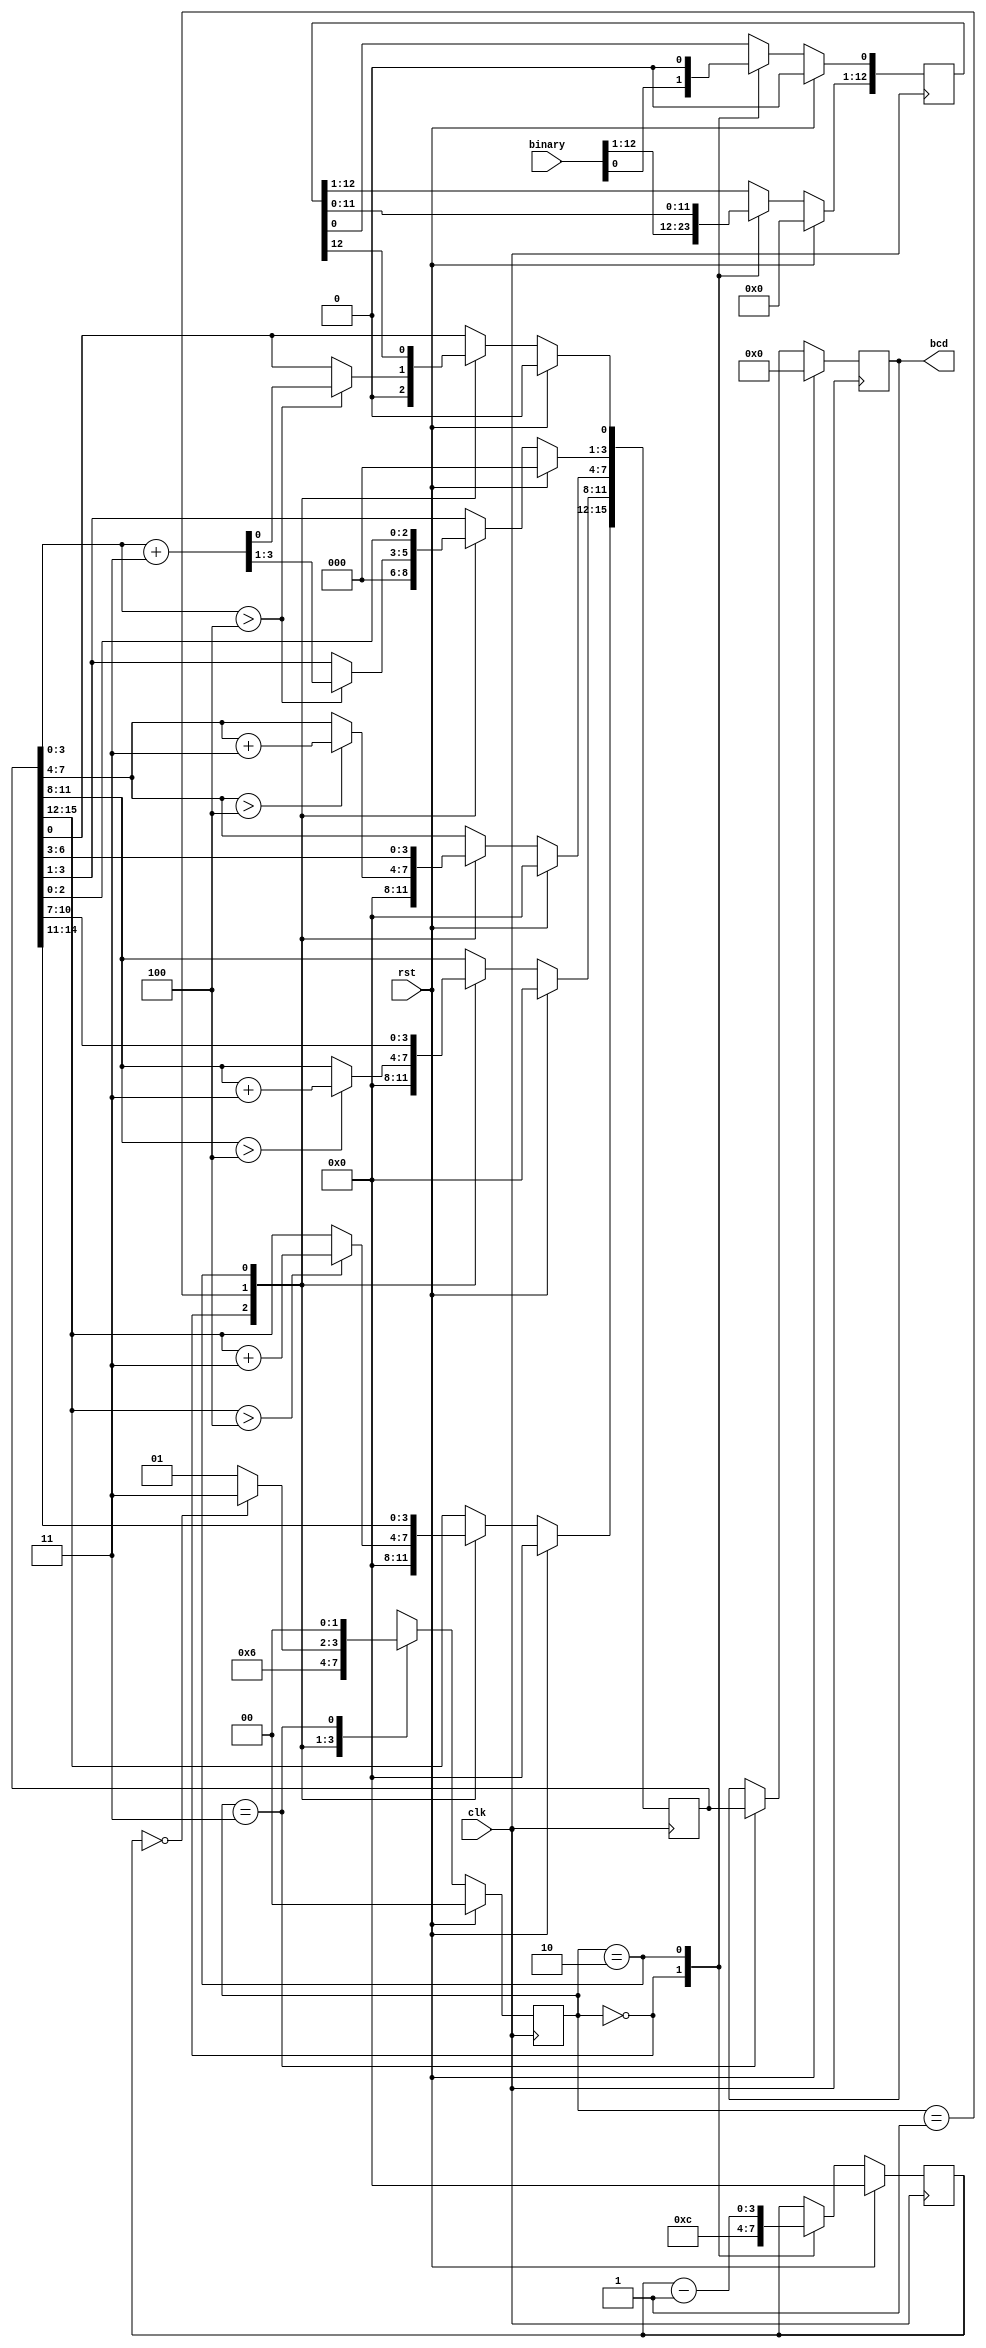
module binary2bcd(clk, rst, binary, bcd);

//wire [15:0] bcd_out;
//reg [12:0] bcd_in;

input clk, rst;
input [12:0] binary;
output reg [15:0] bcd;

reg [1:0] state;
reg [3:0] numberOfBits;
reg [12:0] binary_temp;
reg [15:0] bcd_temp; 

always@(posedge clk) begin
	if(rst) begin
		numberOfBits <= 0;
		binary_temp <= 0;
		bcd_temp <= 0;
		bcd <= 0;
		state <= 0;
	end
	else begin
		case(state)
		2'b00: begin
			numberOfBits <= 12;
			binary_temp <= binary;
			bcd_temp <= 0;
			state <= 2'b01;
		end
		2'b01: begin
			if(bcd_temp[3:0] > 4'b0100)
				bcd_temp[3:0] <= bcd_temp[3:0] + 4'b0011;

			if(bcd_temp[7:4] > 4'b0100)
				bcd_temp[7:4] <= bcd_temp[7:4] + 4'b0011;

			if(bcd_temp[11:8] > 4'b0100)
				bcd_temp[11:8] <= bcd_temp[11:8] + 4'b0011;

			if(bcd_temp[15:12] > 4'b0100)
				bcd_temp[15:12] <= bcd_temp[15:12] + 4'b0011;
			
			state <= 2'b10;
		end		
		2'b10: begin
			numberOfBits <= numberOfBits - 1'b1;
			
			bcd_temp[15:1] <= bcd_temp[14:0];
			bcd_temp[0] <= binary_temp[12];
			binary_temp[12:1] <= binary_temp[11:0];
			binary_temp[0] <= 1'b0;
			
			if(numberOfBits == 0)
				state <= 2'b11;
			else
				state <= 2'b01;
		end
		2'b11: begin
			bcd <= bcd_temp;
			state <= 2'b00;
		end
		endcase
	end
end

endmodule